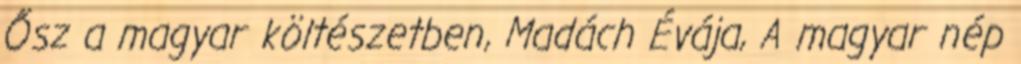
Ősz a magyar költészetben, Madách Évája, A magyar nép